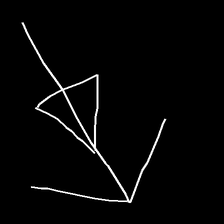
Glyph: pull